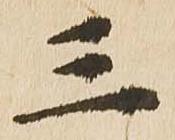
三